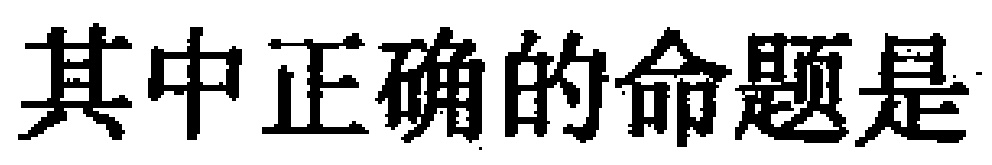
其中正确的命题是